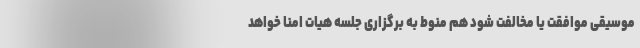
موسیقی موافقت یا مخالفت شود هم منوط به برگزاری جلسه هیات امنا خواهد